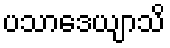
ပသာဒေယျာသိ